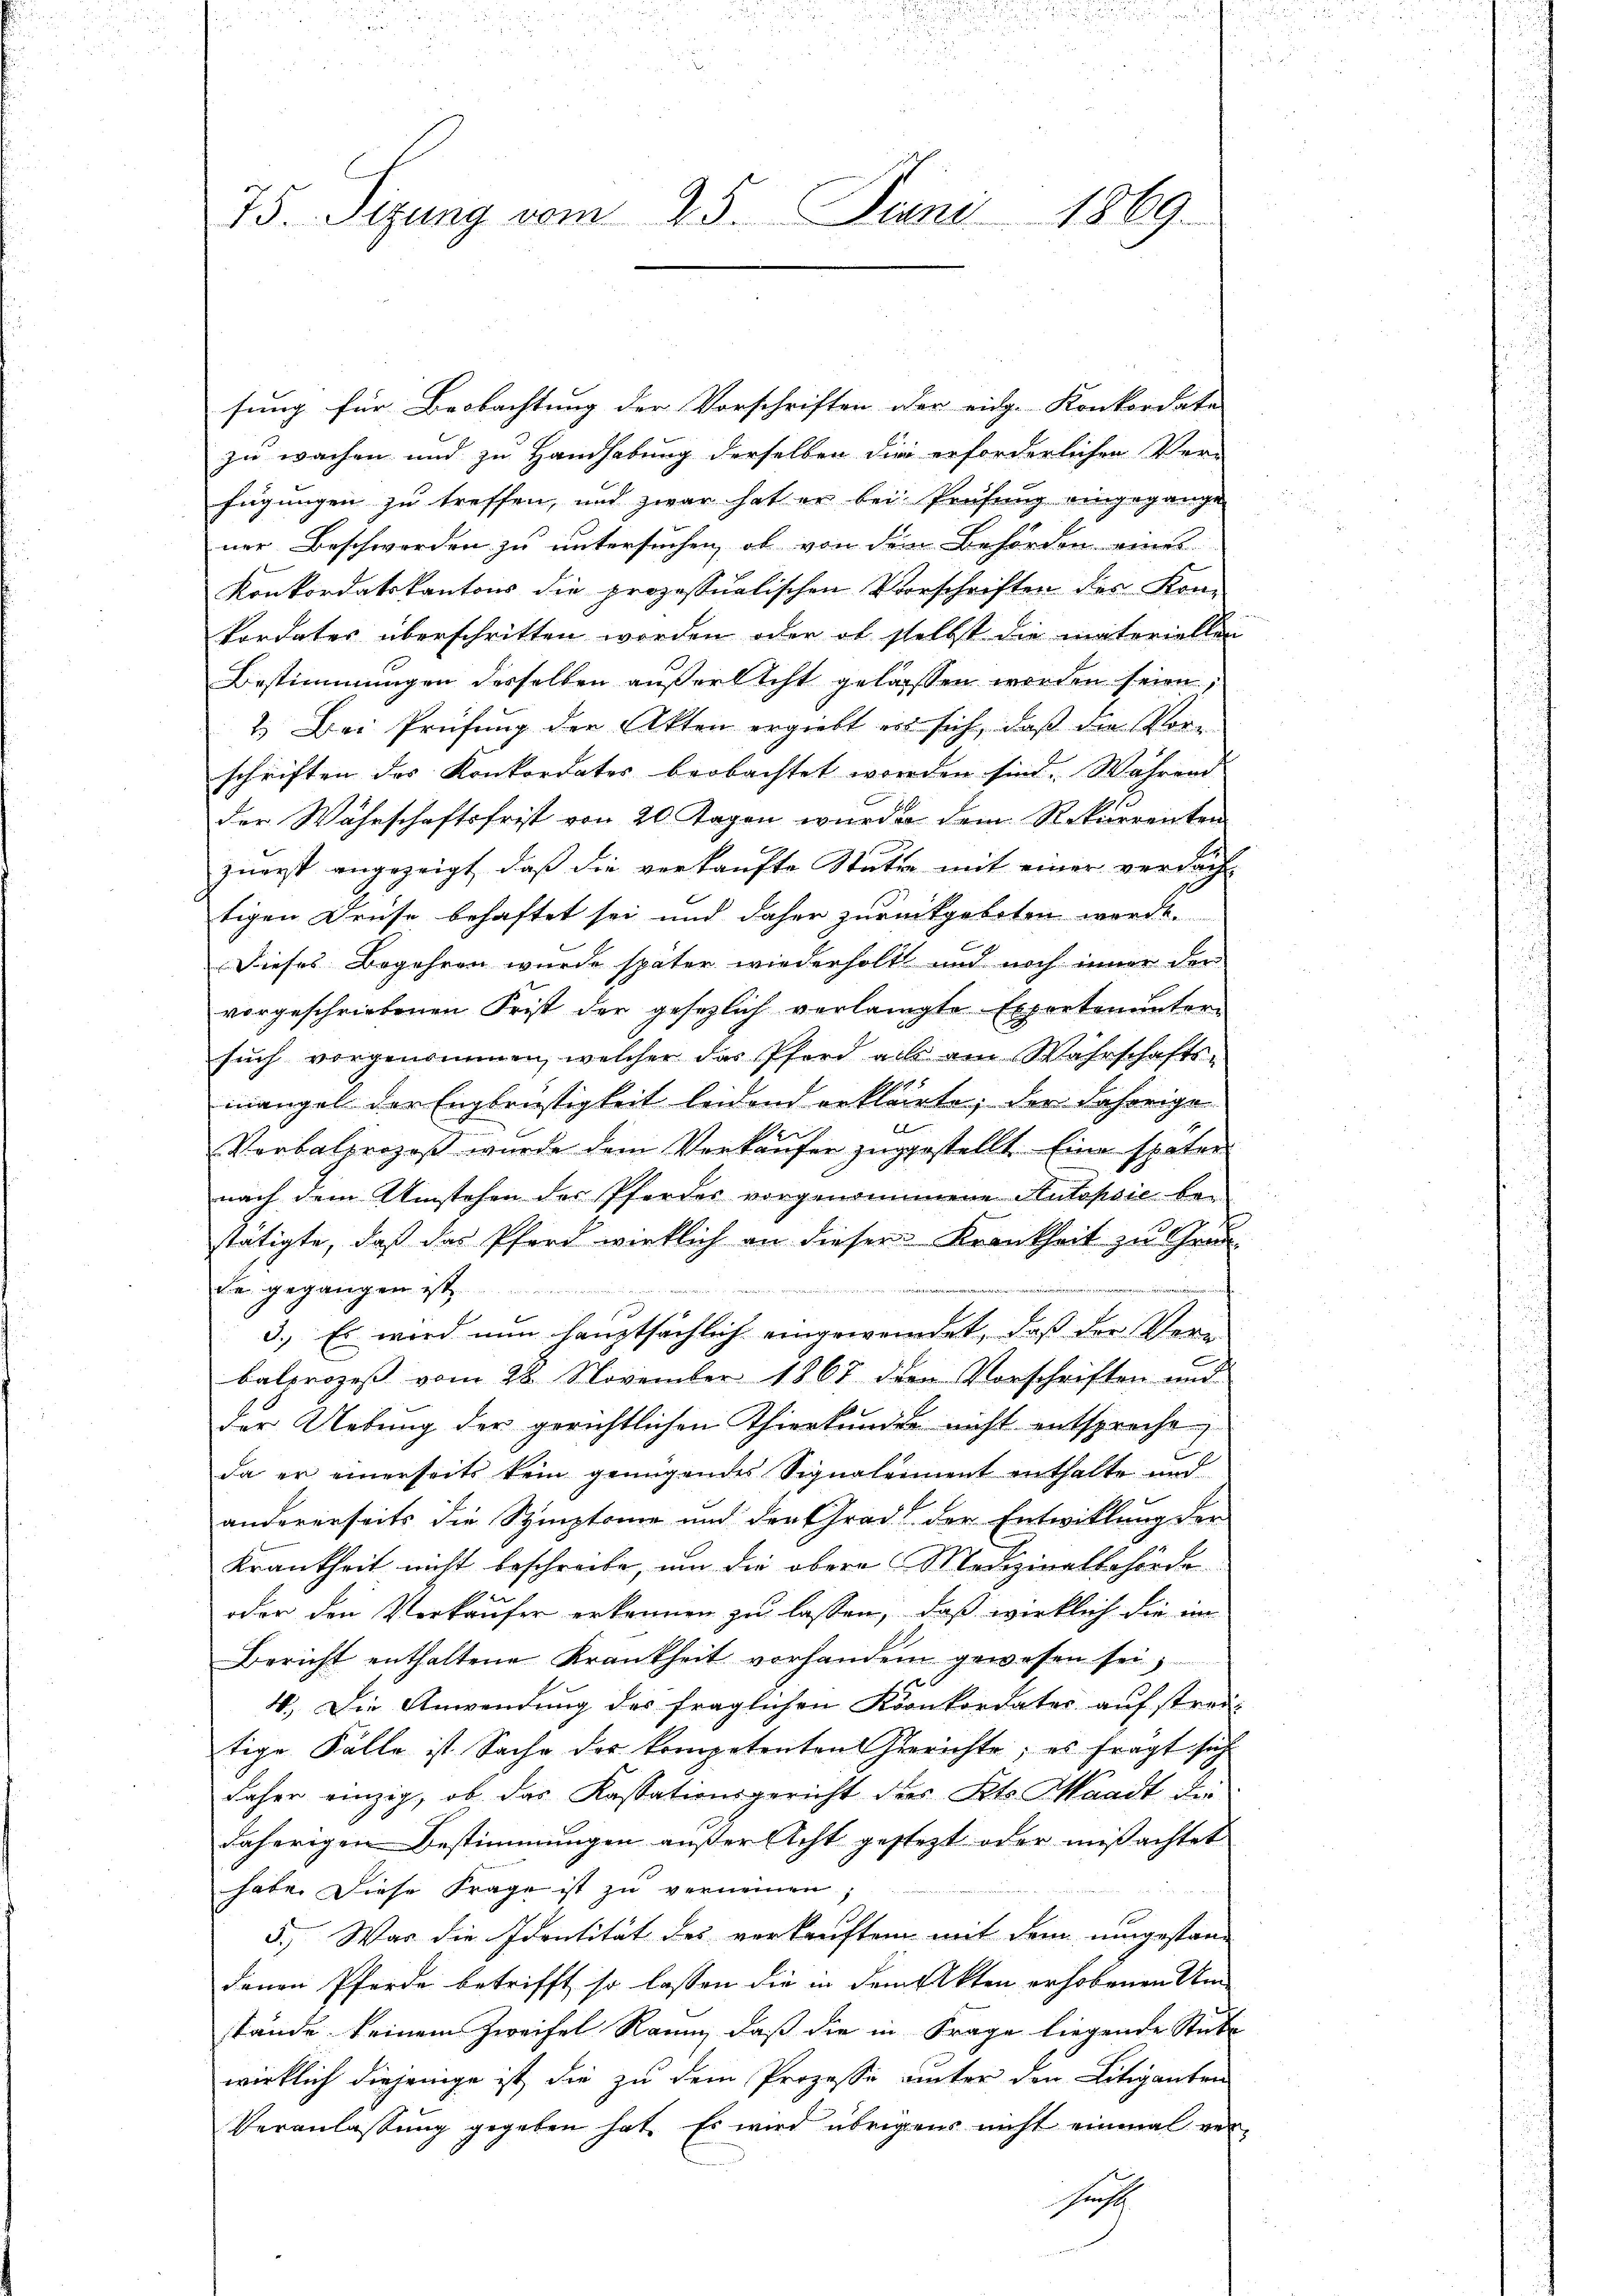
75. Sizung vom 25. Juni 1869

sung für Beobachtung der Vorschriften der eidge-Konkordate |
zu wachen und zu Handhabung derselben die erforderlichen Ver-
fügungen zu treffen, und zwar hat er bei Prüfung eingegange
ner Beschworden zu untersuchen, ob von dem Behörden eines
Konkordatskantons die prozessualischen Vorschriften des Kon-
u
kordates überschritten worden, oder ob selbst die materiellen
Bestimmungen desselben außerlicht gelassen worden seien,
2.) Bei Prüfung der Akten ergiebt er sich, daß die Vorschriften des Konkordates beobachtet worden sind. Während
der Währschaftsfrist von 20 Tagen wurde dem Rekurrenten
zuerst angezeigt, daß die verkaufte Stutz mit einer verdach-
tigen Druse behaftet sei und daher zurückgeboten werde.
E
Dieses Begehren wurde später wiederholt und noch inner der
vorgeschriebenen Frist der gesezlich verlangte Expertenunter-
such vorgenommen, welcher das Pferd als am Wahrschafts-
mangel der Engbrüstigkeit leidend erklärte, der Behörige
f
e
Verbalprozeß wurde dem Verkaufer zugestellt. Eine später
nach dem Umstehen der Pferder vorgenommene Autopsie bestätigte, daß das Pferd wirklich an dieser Krankheit zu Grun
 eidie gegangen ist.
14     2121
3.) Es wird nun hauptsächlich eingewendet, daß der Verbalprozeß vom 28. November 1867 der Vorschriften und
Der Uebung der gerichtlichen Thierkunden nicht entsproche
da er einerseits kein genügendes Signaleiment enthalte und
andererseits die Stimptome und der Grad der Entwicklung der
Krankheit nicht beschreibe, um die obere Medizinalbehörde
oder den Verkäufer erkennen zu lassen, daß wirklich die im
Bericht enthaltene Krankheit vorhandern gewesen sei,
4. Die Anwendung des fraglichen Konkordater auf streitige Fälle ist Sache der kompetenten Gerichte; es fragt sich
daher einzig, ob das Kassationsgericht des Kts. Waadt die
daherigen Bestimmungen außersicht gesteht oder mißachtet
habe. Diese Frage ist zu verneinen
5.) War die Identität des verkauftem mit dem umgestandenen Pferde betrifft, so lassen die in dem Akten erhobenen Um-
stände keinem Zweifel Raum, daß die in Frage liegende Stücke
wirklich diejenige ist, die zu dem Prozesse unter den Litiganten
Veranlassung gegeben hat. Es wird übrigens nicht einmal ver¬
Gesch